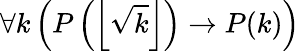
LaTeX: \forall k\left(P\left(\left\lfloor{\sqrt{k}}\right\rfloor\right)\to P(k)\right)